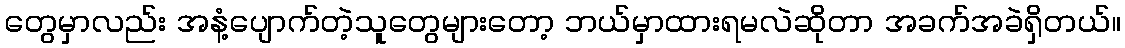
တွေမှာလည်း အနံ့ပျောက်တဲ့သူတွေများတော့ ဘယ်မှာထားရမလဲဆိုတာ အခက်အခဲရှိတယ်။